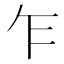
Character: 乍